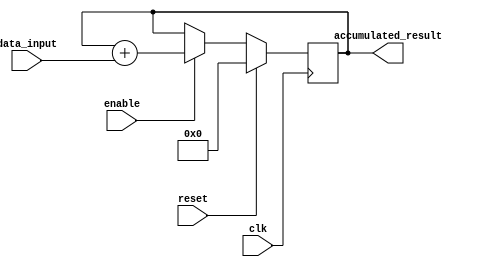
module ParallelAccumulator(
    input wire clk,
    input wire reset,
    input wire enable,
    input wire [7:0] data_input,
    output reg [15:0] accumulated_result
);

reg [15:0] accumulator_internal;

always @(posedge clk) begin
    if(reset) begin
        accumulator_internal <= 16'h0000;
    end else begin
        if(enable) begin
            accumulator_internal <= accumulator_internal + data_input;
        end
    end
end

assign accumulated_result = accumulator_internal;

endmodule